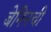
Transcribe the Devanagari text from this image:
बेनिनची